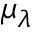
\mu _ { \lambda }